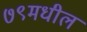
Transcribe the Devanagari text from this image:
७९मधील